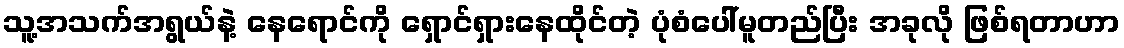
သူ့အသက်အရွယ်နဲ့ နေရောင်ကို ရှောင်ရှားနေထိုင်တဲ့ ပုံစံပေါ်မူတည်ပြီး အခုလို ဖြစ်ရတာဟာ